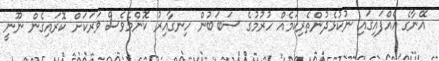
އޭނާގެ އެއްފައިގައި ނުކުޅެދުންތެރިކަމެއް ހުރުމުގެ ސަބަބުން ހިނގާއިރު ކޮންމެވެސް ވަރަކަށް ކޮރައިގެން ނޫނީ